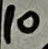
Text: 10